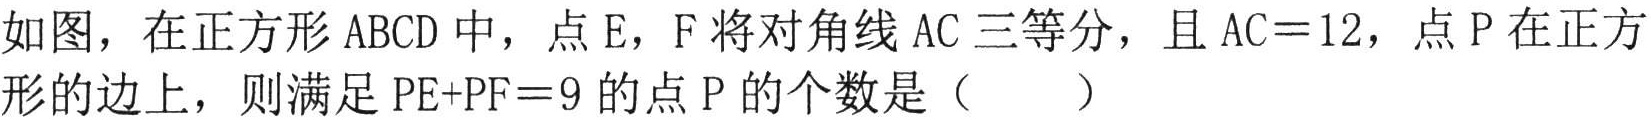
如图，在正方形 \(ABCD\) 中，点 \(E\)，\(F\) 将对角线 \(AC\) 三等分，且 \(AC = 12\)，点 \(P\) 在正方形的边上，则满足 \(PE + PF = 9\) 的点 \(P\) 的个数是（  ）